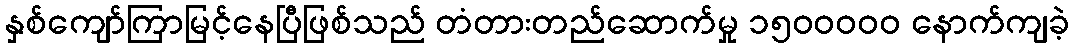
နှစ်ကျော်ကြာမြင့်နေပြီဖြစ်သည် တံတားတည်ဆောက်မှု ၁၅၀၀ဝဝဝ နောက်ကျခဲ့